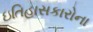
ઇતિહાસકારોના